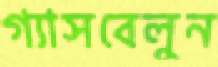
গ্যাসবেলুন